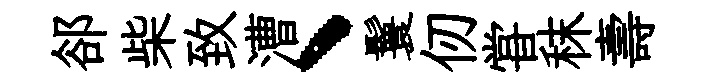
郤柴致漕、鬟仞甞秣壽